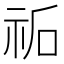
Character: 𮁩